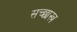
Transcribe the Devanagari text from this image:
सच्छास्त्र